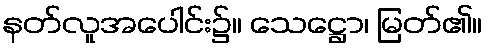
နတ်လူအပေါင်း၌။ သေဋ္ဌော၊ မြတ်၏။